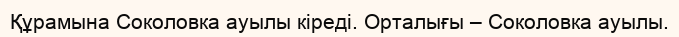
Құрамына Соколовка ауылы кіреді. Орталығы – Соколовка ауылы.